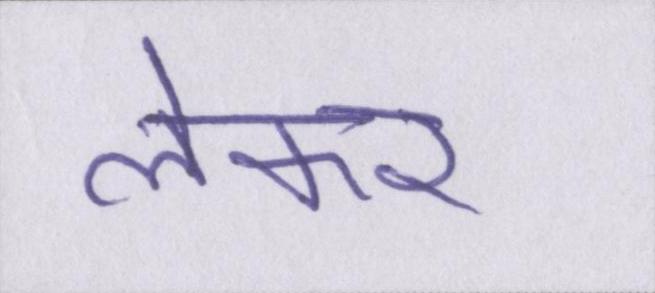
लेकर